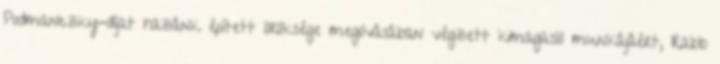
Podmaniczky-díjat hazánk épített öröksége megóvásában végzett kimagasló munkájáért, Rabb